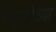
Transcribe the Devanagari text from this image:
गोळीच्या